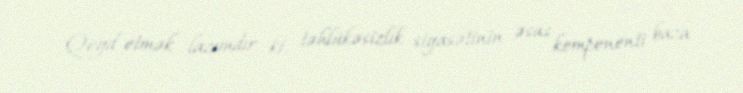
Qeyd etmək lazımdır ki, təhlükəsizlik siyasətinin əsas komponenti baza